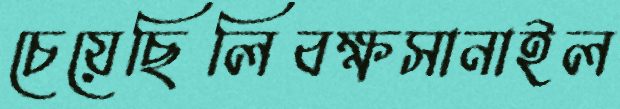
চেয়েছিলিবক্ষসানাইল